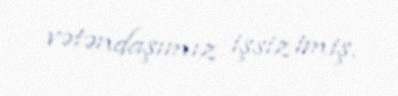
vətəndaşımız işsiz imiş.